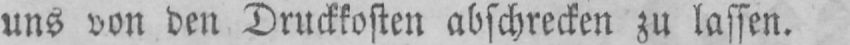
uns von den Druckkosten abschrecken zu lassen.